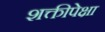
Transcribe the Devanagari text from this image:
शक्तीपेक्षा